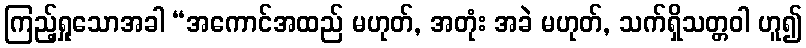
ကြည့်ရှုသောအခါ “အကောင်အထည် မဟုတ်, အတုံး အခဲ မဟုတ်, သက်ရှိသတ္တဝါ ဟူ၍